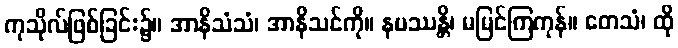
ကုသိုလ်ဖြစ်ခြင်း၌။ အာနိသံသံ၊ အာနိသင်ကို။ နပဿန္တိ၊ မမြင်ကြကုန်။ တေသံ၊ ထို